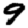
Digit: 9